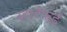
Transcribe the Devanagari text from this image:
स्टार्टफर्ड